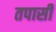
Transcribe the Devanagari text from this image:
तपासी